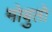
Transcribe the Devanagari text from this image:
मोबुतो